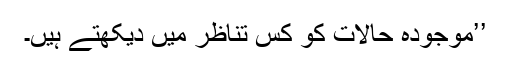
’’موجودہ حالات کو کِس تناظر میں دیکھتے ہیں۔